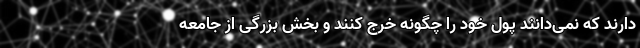
دارند که نمی‌دانند پول خود را چگونه خرج کنند و بخش بزرگی از جامعه